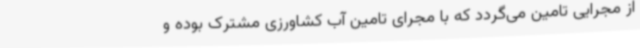
از مجرایی تامین می‌گردد که با مجرای تامین آب کشاورزی مشترک بوده و